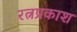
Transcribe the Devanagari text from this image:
रत्नप्रकाश